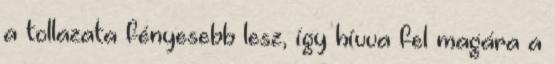
a tollazata fényesebb lesz, így hívva fel magára a